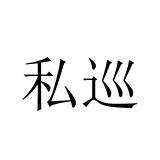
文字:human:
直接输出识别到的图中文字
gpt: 私巡